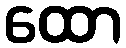
ထော